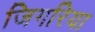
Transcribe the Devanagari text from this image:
जिगरिया